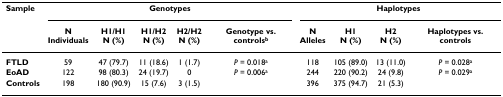
| Sample | <COLSPAN=5> Genotypes | <COLSPAN=4> Haplotypes |
 |  | NIndividuals | H1/H1N (%) | H1/H2N (%) | H2/H2N (%) | Genotype vs. controlsb | NAlleles | H1N (%) | H2N (%) | Haplotypes vs. controls |
 | --- | --- | --- | --- | --- | --- | --- | --- | --- | --- |
 | FTLD | 59 | 47 (79.7) | 11 (18.6) | 1 (1.7) | P = 0.018a | 118 | 105 (89.0) | 13 (11.0) | P = 0.028a |
 | EoAD | 122 | 98 (80.3) | 24 (19.7) | 0 | P = 0.006a | 244 | 220 (90.2) | 24 (9.8) | P = 0.029a |
 | Controls | 198 | 180 (90.9) | 15 (7.6) | 3 (1.5) |  | 396 | 375 (94.7) | 21 (5.3) |  |